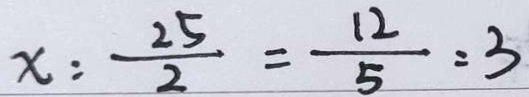
x : \frac { 2 5 } { 2 } = \frac { 1 2 } { 5 } = 3